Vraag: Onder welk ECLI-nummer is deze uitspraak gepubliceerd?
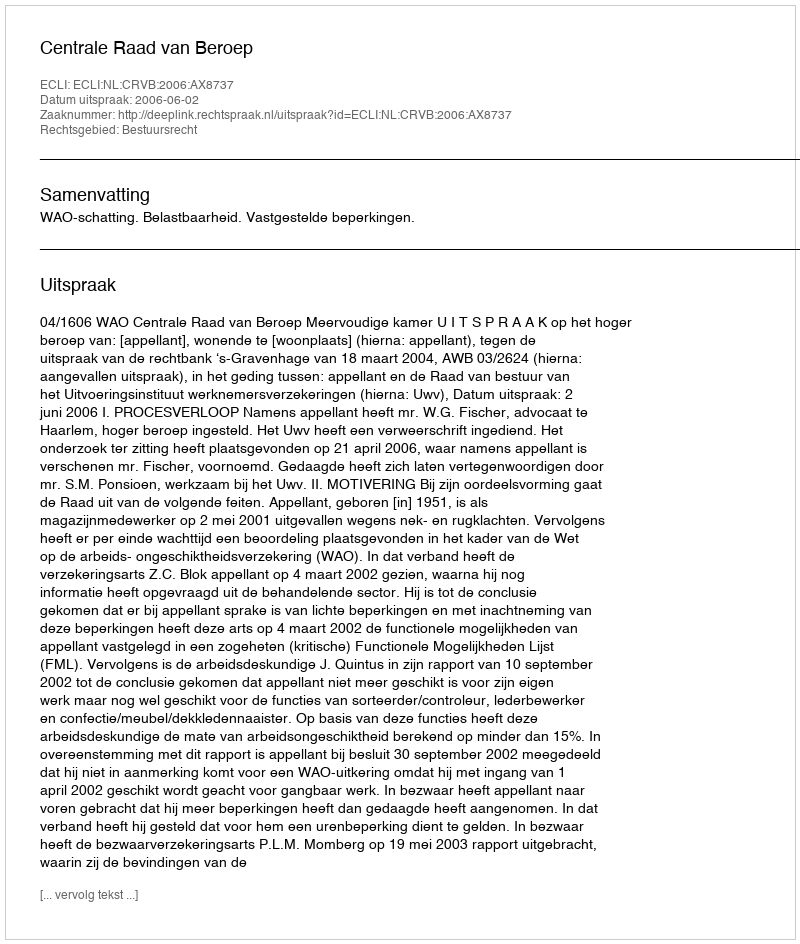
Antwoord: ECLI:NL:CRVB:2006:AX8737